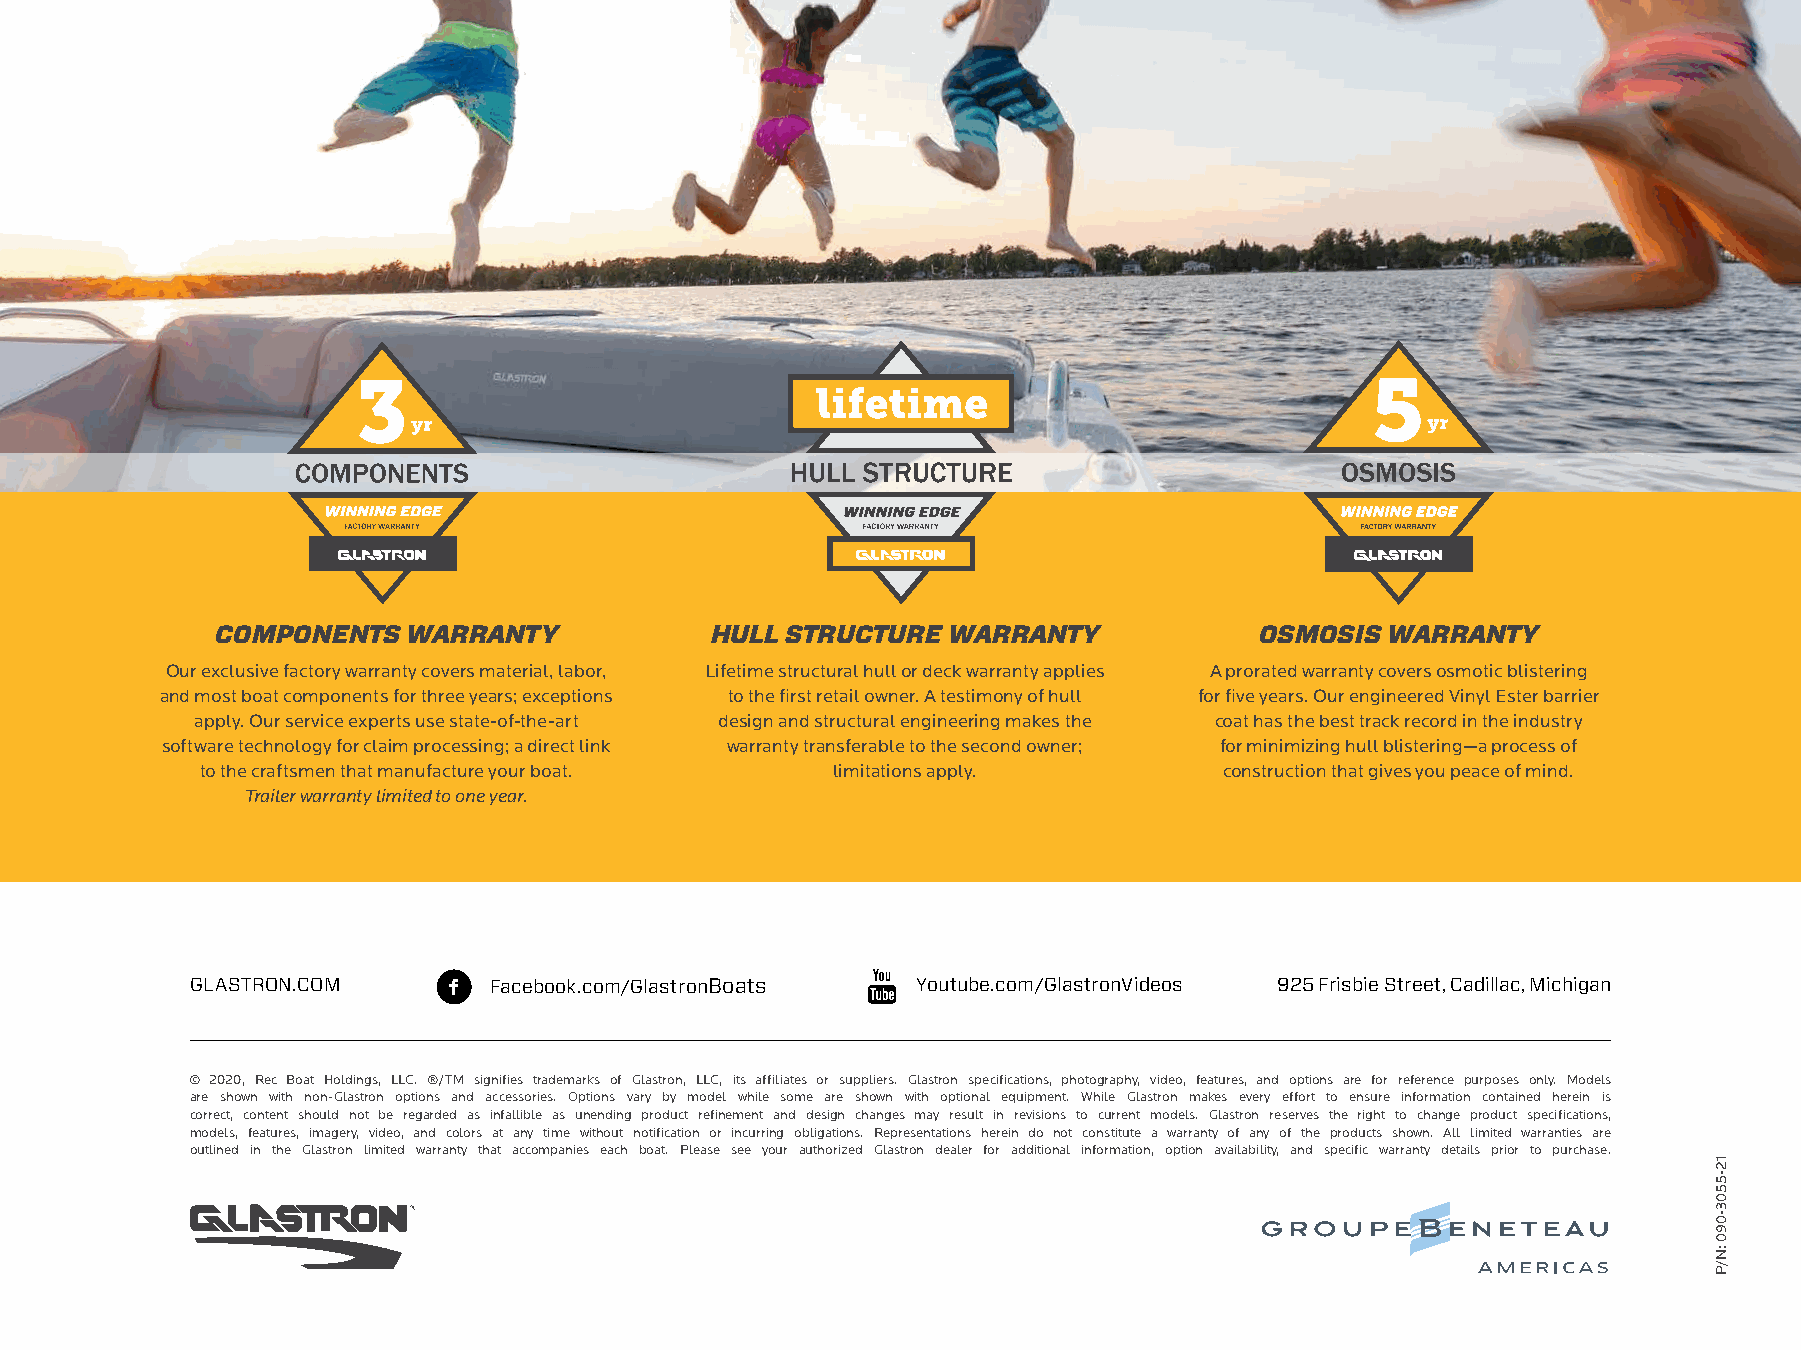
MAKE       IT  A
 GLASTRON
 SUMMER
 M A K E I T A G L A S T R O N S U M M E R
 Facebook.com/GlastronBoats Youtube.com/GlastronVideos
 Behind every Glastron®, there’s a boater with a story to tell—a one-of-a-kind story
 full of memories and tan lines we wish would last forever. We’re proud to have
 spent so many years by your side, making each moment unique. Every newfound
 friendship, destination discovered, and cringe-worthy belly flop perfectly preserved
 for later recollection.                                                                                                   COMPONENTS   WARRANTY            HULL STRUCTURE  WARRANTY            OSMOSIS  WARRANTY
 Our exclusive factory warranty covers material, labor, Lifetime structural hull or deck warranty applies A prorated warranty covers osmotic blistering
 and most boat components for three years; exceptions to the first retail owner. A testimony of hull for five years. Our engineered Vinyl Ester barrier
 apply. Our service experts use state-of-the-art design and structural engineering makes the coat has the best track record in the industry
 software technology for claim processing; a direct link warranty transferable to the second owner; for minimizing hull blistering—a process of
 to the craftsmen that manufacture your boat. limitations apply.     construction that gives you peace of mind.
 Trailer warranty limited to one year.
 OUTBOARD                          STERNDRIVE                      FORWARD       DRIVE
 GLASTRON.COM        Facebook.com/GlastronBoats  Youtube.com/GlastronVideos 925 Frisbie Street, Cadillac, Michigan
 MODELS                             MODELS                             MODELS                                © 2020, Rec Boat Holdings, LLC. ®/TM signifies trademarks of Glastron, LLC, its affiliates or suppliers. Glastron specifications, photography, video, features, and options are for reference purposes only. Models
 are shown with non-Glastron options and accessories. Options vary by model while some are shown with optional equipment. While Glastron makes every effort to ensure information contained herein is
 GX 190, GX 190 Sport, GX 210, GX 210 Sport GX 195, GX 195 Sport, GX 215, GX 215 Sport GTD 205 Surf, GTD 225 Surf,
 correct, content should not be regarded as infallible as unending product refinement and design changes may result in revisions to current models. Glastron reserves the right to change product specifications,
 GT/GTS 180, GT/GTS 200         GT/GTS 185, GT/GTS 205, GT/GTS 225,       GTD 245 Surf                           models, features, imagery, video, and colors at any time without notification or incurring obligations. Representations herein do not constitute a warranty of any of the products shown. All limited warranties are
 outlined in the Glastron limited warranty that accompanies each boat. Please see your authorized Glastron dealer for additional information, option availability, and specific warranty details prior to purchase.
 GTD 180, GTD 200, GTD 220, GTD 240   GTD 205, GTD 225, GTD 245
 GTSF 180, GTSF 200                 GTSF 185, GTSF 205,
 12-5503-090
 :N/P